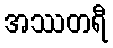
အဿတရီ